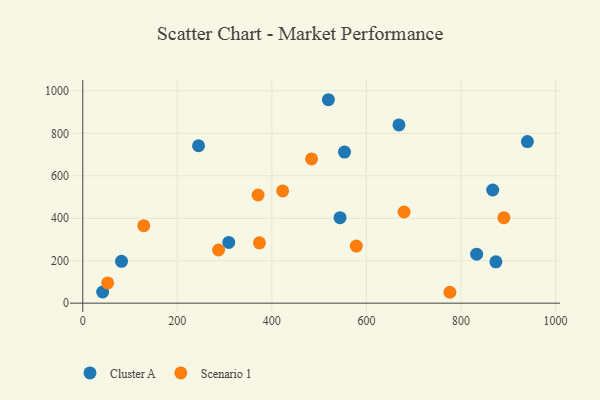
{"axis": {"x": "Speed", "y": "Demand"}, "legend": ["Cluster A", "Scenario 1"], "data": [{"x": "553.7", "y": 711.9, "type": "Cluster A"}, {"x": "519.6", "y": 958.3, "type": "Cluster A"}, {"x": "940.5", "y": 761.3, "type": "Cluster A"}, {"x": "867.2", "y": 533.1, "type": "Cluster A"}, {"x": "42.0", "y": 52.5, "type": "Cluster A"}, {"x": "544.2", "y": 402.6, "type": "Cluster A"}, {"x": "244.9", "y": 741.6, "type": "Cluster A"}, {"x": "873.9", "y": 194.8, "type": "Cluster A"}, {"x": "308.8", "y": 286.0, "type": "Cluster A"}, {"x": "82.0", "y": 197.3, "type": "Cluster A"}, {"x": "668.8", "y": 839.5, "type": "Cluster A"}, {"x": "833.2", "y": 230.6, "type": "Cluster A"}, {"x": "578.7", "y": 269.0, "type": "Scenario 1"}, {"x": "484.0", "y": 679.6, "type": "Scenario 1"}, {"x": "129.0", "y": 365.2, "type": "Scenario 1"}, {"x": "679.7", "y": 429.5, "type": "Scenario 1"}, {"x": "373.7", "y": 284.0, "type": "Scenario 1"}, {"x": "890.8", "y": 402.8, "type": "Scenario 1"}, {"x": "422.8", "y": 528.8, "type": "Scenario 1"}, {"x": "776.6", "y": 51.3, "type": "Scenario 1"}, {"x": "287.2", "y": 250.4, "type": "Scenario 1"}, {"x": "370.8", "y": 509.4, "type": "Scenario 1"}, {"x": "52.7", "y": 95.2, "type": "Scenario 1"}]}